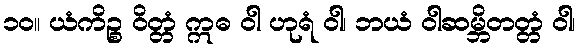
၁၀။ ယံကိဉ္စ ဝိတ္တံ ဣဓ ဝါ ဟုရံ ဝါ၊ ဘယံ ဝါဆမ္ဘိတတ္တံ ဝါ၊